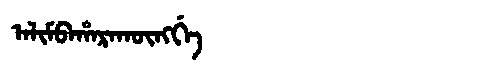
Manchu: ᠠᠯᡳᠮᠪᠠᡥᠠᡵᠠᡴᡡᠩᡤᡝ
Romanization: ALIMBAHARAKŪNGGE